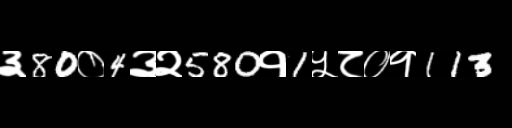
Text: ३80०4३२580१1५८०१113